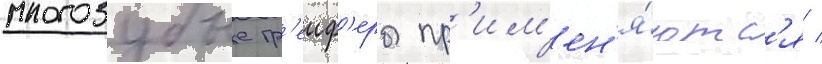
многозубые гр'еиф'еры пр'им'ен'я́ютс'я /